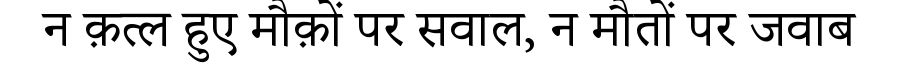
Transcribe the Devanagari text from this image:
न क़त्ल हुए मौक़ों पर सवाल, न मौतों पर जवाब